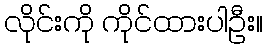
လိုင်းကို ကိုင်ထားပါဦး။